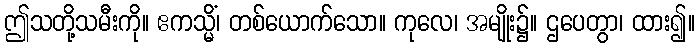
ဤသတို့သမီးကို။ ဧကသ္မိံ၊ တစ်ယောက်သော။ ကုလေ၊ အမျိုး၌။ ဌပေတွာ၊ ထား၍။